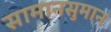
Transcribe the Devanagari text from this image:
सामानसुमान